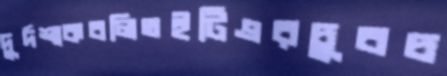
দুর্দশাকবলিতইটিএরচুবচ